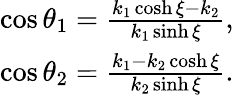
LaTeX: \begin{array}{r}{\cos\theta_{1}=\frac{k_{1}\cosh\xi-k_{2}}{k_{1}\sinh\xi},}\\ {\cos\theta_{2}=\frac{k_{1}-k_{2}\cosh\xi}{k_{2}\sinh\xi}.}\end{array}